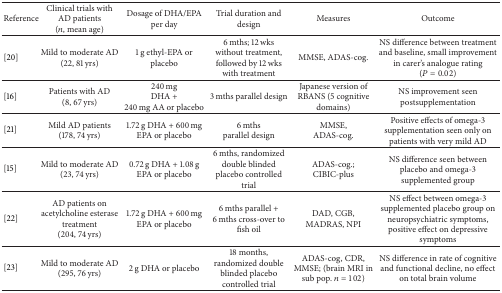
<table><thead><tr><td><b>Reference</b></td><td><b>Clinical trials with AD patients (<i>n</i>, mean age)</b></td><td><b>Dosage of DHA/EPA per day</b></td><td><b>Trial duration and design</b></td><td><b>Measures</b></td><td><b>Outcome</b></td></tr></thead><tbody><tr><td>[20]</td><td>Mild to moderate AD (22, 81 yrs)</td><td>1 g ethyl-EPA or placebo </td><td>6 mths; 12 wks without treatment, followed by 12 wks with treatment</td><td>MMSE, ADAS-cog.</td><td>NS difference between treatment and baseline, small improvement in carer&#x27;s analogue rating (<i>P</i> = 0.02)</td></tr><tr><td>[16]</td><td>Patients with AD(8, 67 yrs)</td><td>240 mg DHA + 240 mg AA or placebo</td><td>3 mths parallel design</td><td>Japanese version of RBANS (5 cognitive domains)</td><td>NS improvement seen postsupplementation</td></tr><tr><td>[21]</td><td>Mild AD patients(178, 74 yrs)</td><td>1.72 g DHA + 600 mg EPA or placebo</td><td>6 mthsparallel design</td><td>MMSE, ADAS-cog.</td><td>Positive effects of omega-3 supplementation seen only on patients with very mild AD</td></tr><tr><td>[15]</td><td>Mild to moderate AD(23, 74 yrs)</td><td>0.72 g DHA + 1.08 g EPA or placebo</td><td>6 mths, randomized double blinded placebo controlled trial </td><td>ADAS-cog.; CIBIC-plus </td><td>NS difference seen between placebo and omega-3 supplemented group</td></tr><tr><td>[22]</td><td>AD patients on acetylcholine esterase treatment(204, 74 yrs)</td><td>1.72 g DHA + 600 mg EPA or placebo </td><td>6 mths parallel + 6 mths cross-over to fish oil </td><td>DAD, CGB, MADRAS, NPI</td><td>NS effect between omega-3 supplemented placebo group on neuropsychiatric symptoms, positive effect on depressive symptoms</td></tr><tr><td>[23]</td><td>Mild to moderate AD (295, 76 yrs)</td><td>2 g DHA or placebo</td><td>18 months, randomized double blinded placebo controlled trial</td><td>ADAS-cog, CDR, MMSE; (brain MRI in sub pop. <i>n</i> = 102)</td><td>NS difference in rate of cognitive and functional decline, no effect on total brain volume</td></tr></tbody></table>